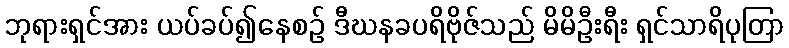
ဘုရားရှင်အား ယပ်ခပ်၍နေစဉ် ဒီဃနခပရိဗိုဇ်သည် မိမိဦးရီး ရှင်သာရိပုတြာ